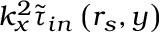
k _ { x } ^ { 2 } \widetilde { \tau } _ { i n } \left( r _ { s } , y \right)